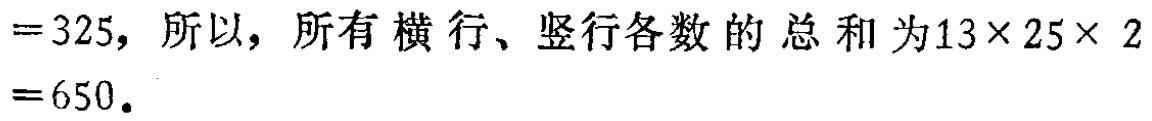
$=325，所以，所有横行、竖行各数的总和为13\times25\times2 = 650.$